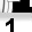
Digit: 1